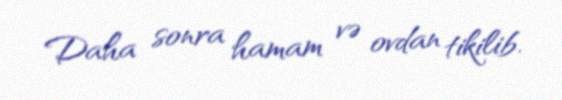
Daha sonra hamam və ovdan tikilib.